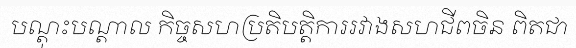
បណ្តុះបណ្តាល កិច្ចសហប្រតិបត្តិការរវាងសហជីពចិន ពិតជា